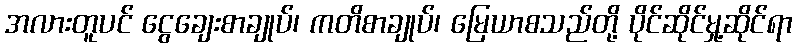
အလားတူပင် ငွေချေးစာချုပ်၊ ကတိစာချုပ်၊ မြေယာစသည်တို့ ပိုင်ဆိုင်မှု့ဆိုင်ရာ